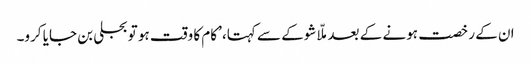
ان کے رخصت ہونے کے بعد ملّا شوکے سے کہتا، ’کام کا وقت ہو تو بجلی بن جایا کرو۔